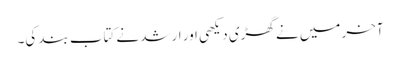
آخر میں نے گھڑی دیکھی اور ارشد نے کتاب بند کی۔